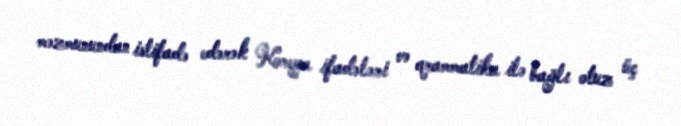
məzmunundan istifadə edərək Koreya ifadələri və qrammatika ilə bağlı otuz üç